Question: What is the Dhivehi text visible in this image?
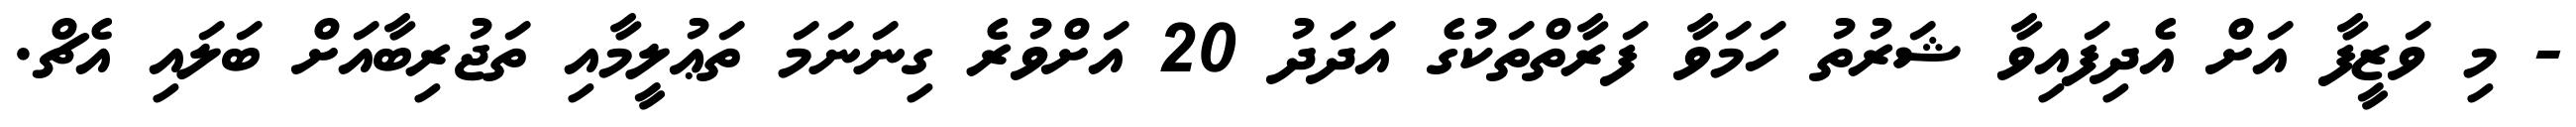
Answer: - މި ވަޒީފާ އަށް އެދިފައިވާ ޝަރުތު ހަމަވާ ފަރާތްތަކުގެ އަދަދު 20 އަށްވުރެ ގިނަނަމަ ތަޢުލީމާއި ތަޖުރިބާއަށް ބަލައި އެޗް.